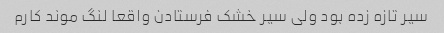
سیر تازه زده بود ولی سیر خشک فرستادن واقعا لنگ موند کارم